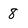
Character: 8